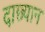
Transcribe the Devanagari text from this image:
दाछ्यान